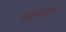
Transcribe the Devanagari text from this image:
फ्ल्युरोटायटॅनेट